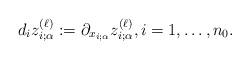
LaTeX: \begin{align*}d_i z_{i;\alpha}^{(\ell)}:= \partial_{x_{i;\alpha}}z_{i;\alpha}^{(\ell)},i=1,\ldots, n_0.\end{align*}